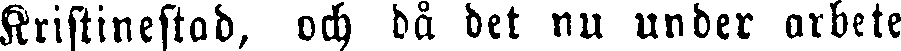
Kristinestad, och då det nu under arbete